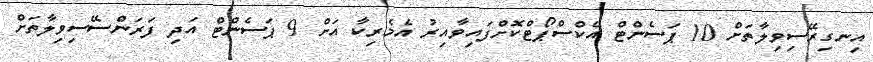
އިނގިރޭސިވިލާތަށް 10 ޕަސެންޓް އެކްސްޕޯޓްކޮށްފައިވާއިރު އެމެރިކާ އަށް 9 ޕަސެންޓް އަދި ފަރަންސޭސިވިލާތަށް